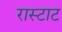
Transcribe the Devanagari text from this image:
रास्टाट